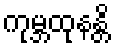
ကုမ္ဘထုနန္တိ